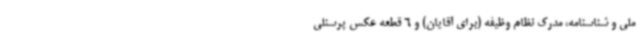
ملی و شناسنامه، مدرک نظام وظیفه (برای آقایان) و 6 قطعه عکس پرسنلی